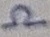
Text: Ω